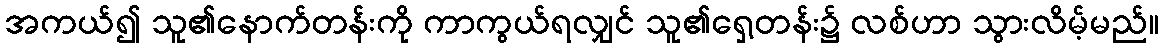
အကယ်၍ သူ၏နောက်တန်းကို ကာကွယ်ရလျှင် သူ၏ရှေ့တန်း၌ လစ်ဟာ သွားလိမ့်မည်။